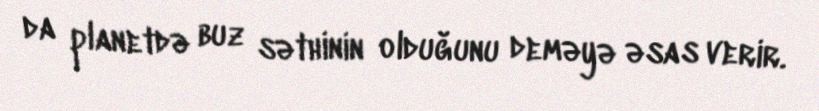
da planetdə buz səthinin olduğunu deməyə əsas verir.